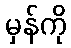
မှန်ကို